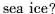
sea ice?